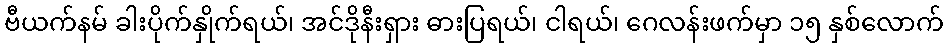
ဗီယက်နမ် ခါးပိုက်နှိုက်ရယ်၊ အင်ဒိုနီးရှား ဓားပြရယ်၊ ငါရယ်၊ ဂေလန်းဖက်မှာ ၁၅ နှစ်လောက်